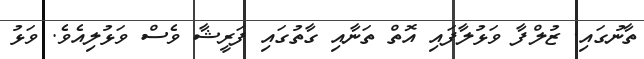
ތާނުގައި